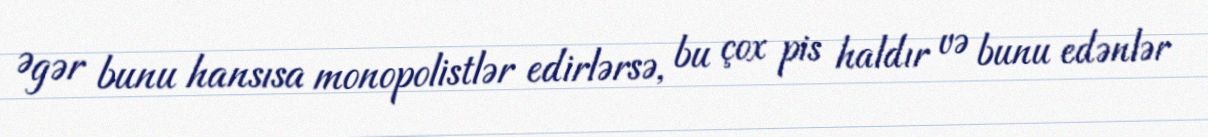
Əgər bunu hansısa monopolistlər edirlərsə, bu çox pis haldır və bunu edənlər